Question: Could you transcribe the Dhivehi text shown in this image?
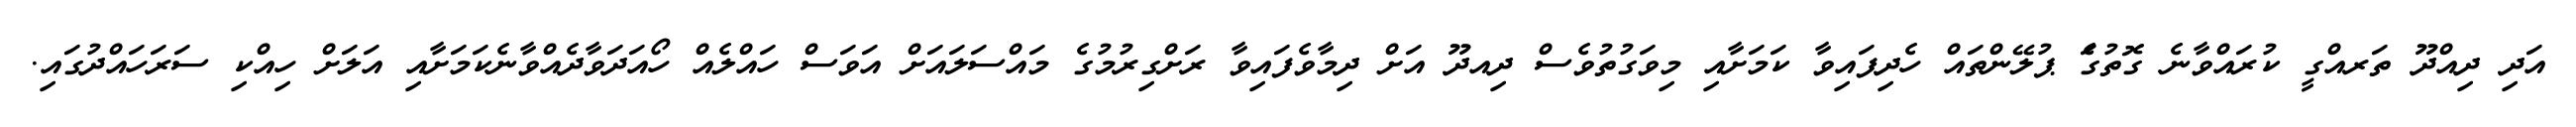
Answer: އަދި ދިއްދޫ ތަރއްގީ ކުރައްވާނެ ގޮތުގަެ ޕުލޭންތައް ހެދިފައިވާ ކަމަށާއި މިވަގުތުވެސް ދިއދޫ އަށް ދިމާވެފައިވާ ރަށްގިރުމުގެ މައްސަލައަށް އަވަސް ހައްލެއް ހޯއަދަވާދެއްވާނެކަމަށާއި އަލަށް ހިއްކި ސަރަހައްދުގައި.